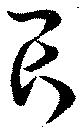
畏